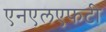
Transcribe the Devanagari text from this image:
एनएलएफटी